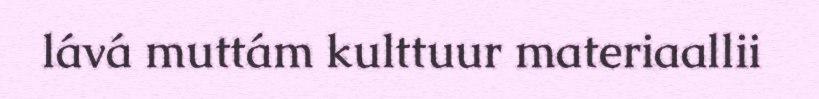
lává muttám kulttuur materiaallii